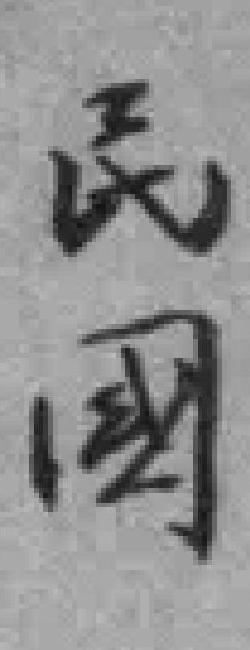
民國